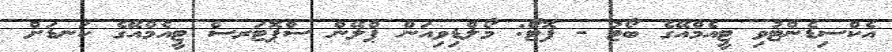
އެކްސިޑެންޓުވި ޓީއެމްއޭގެ ބޯޓު - ފޮޓޯ: މޯލްޑިވިއަން ޕްލޭން ސްޕޮޓަރސް ޓީއެމްއޭގެ ކަނޑަށް